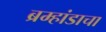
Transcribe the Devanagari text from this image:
ब्रम्हांडाचा